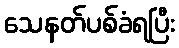
သေနတ်ပစ်ခံရပြီး